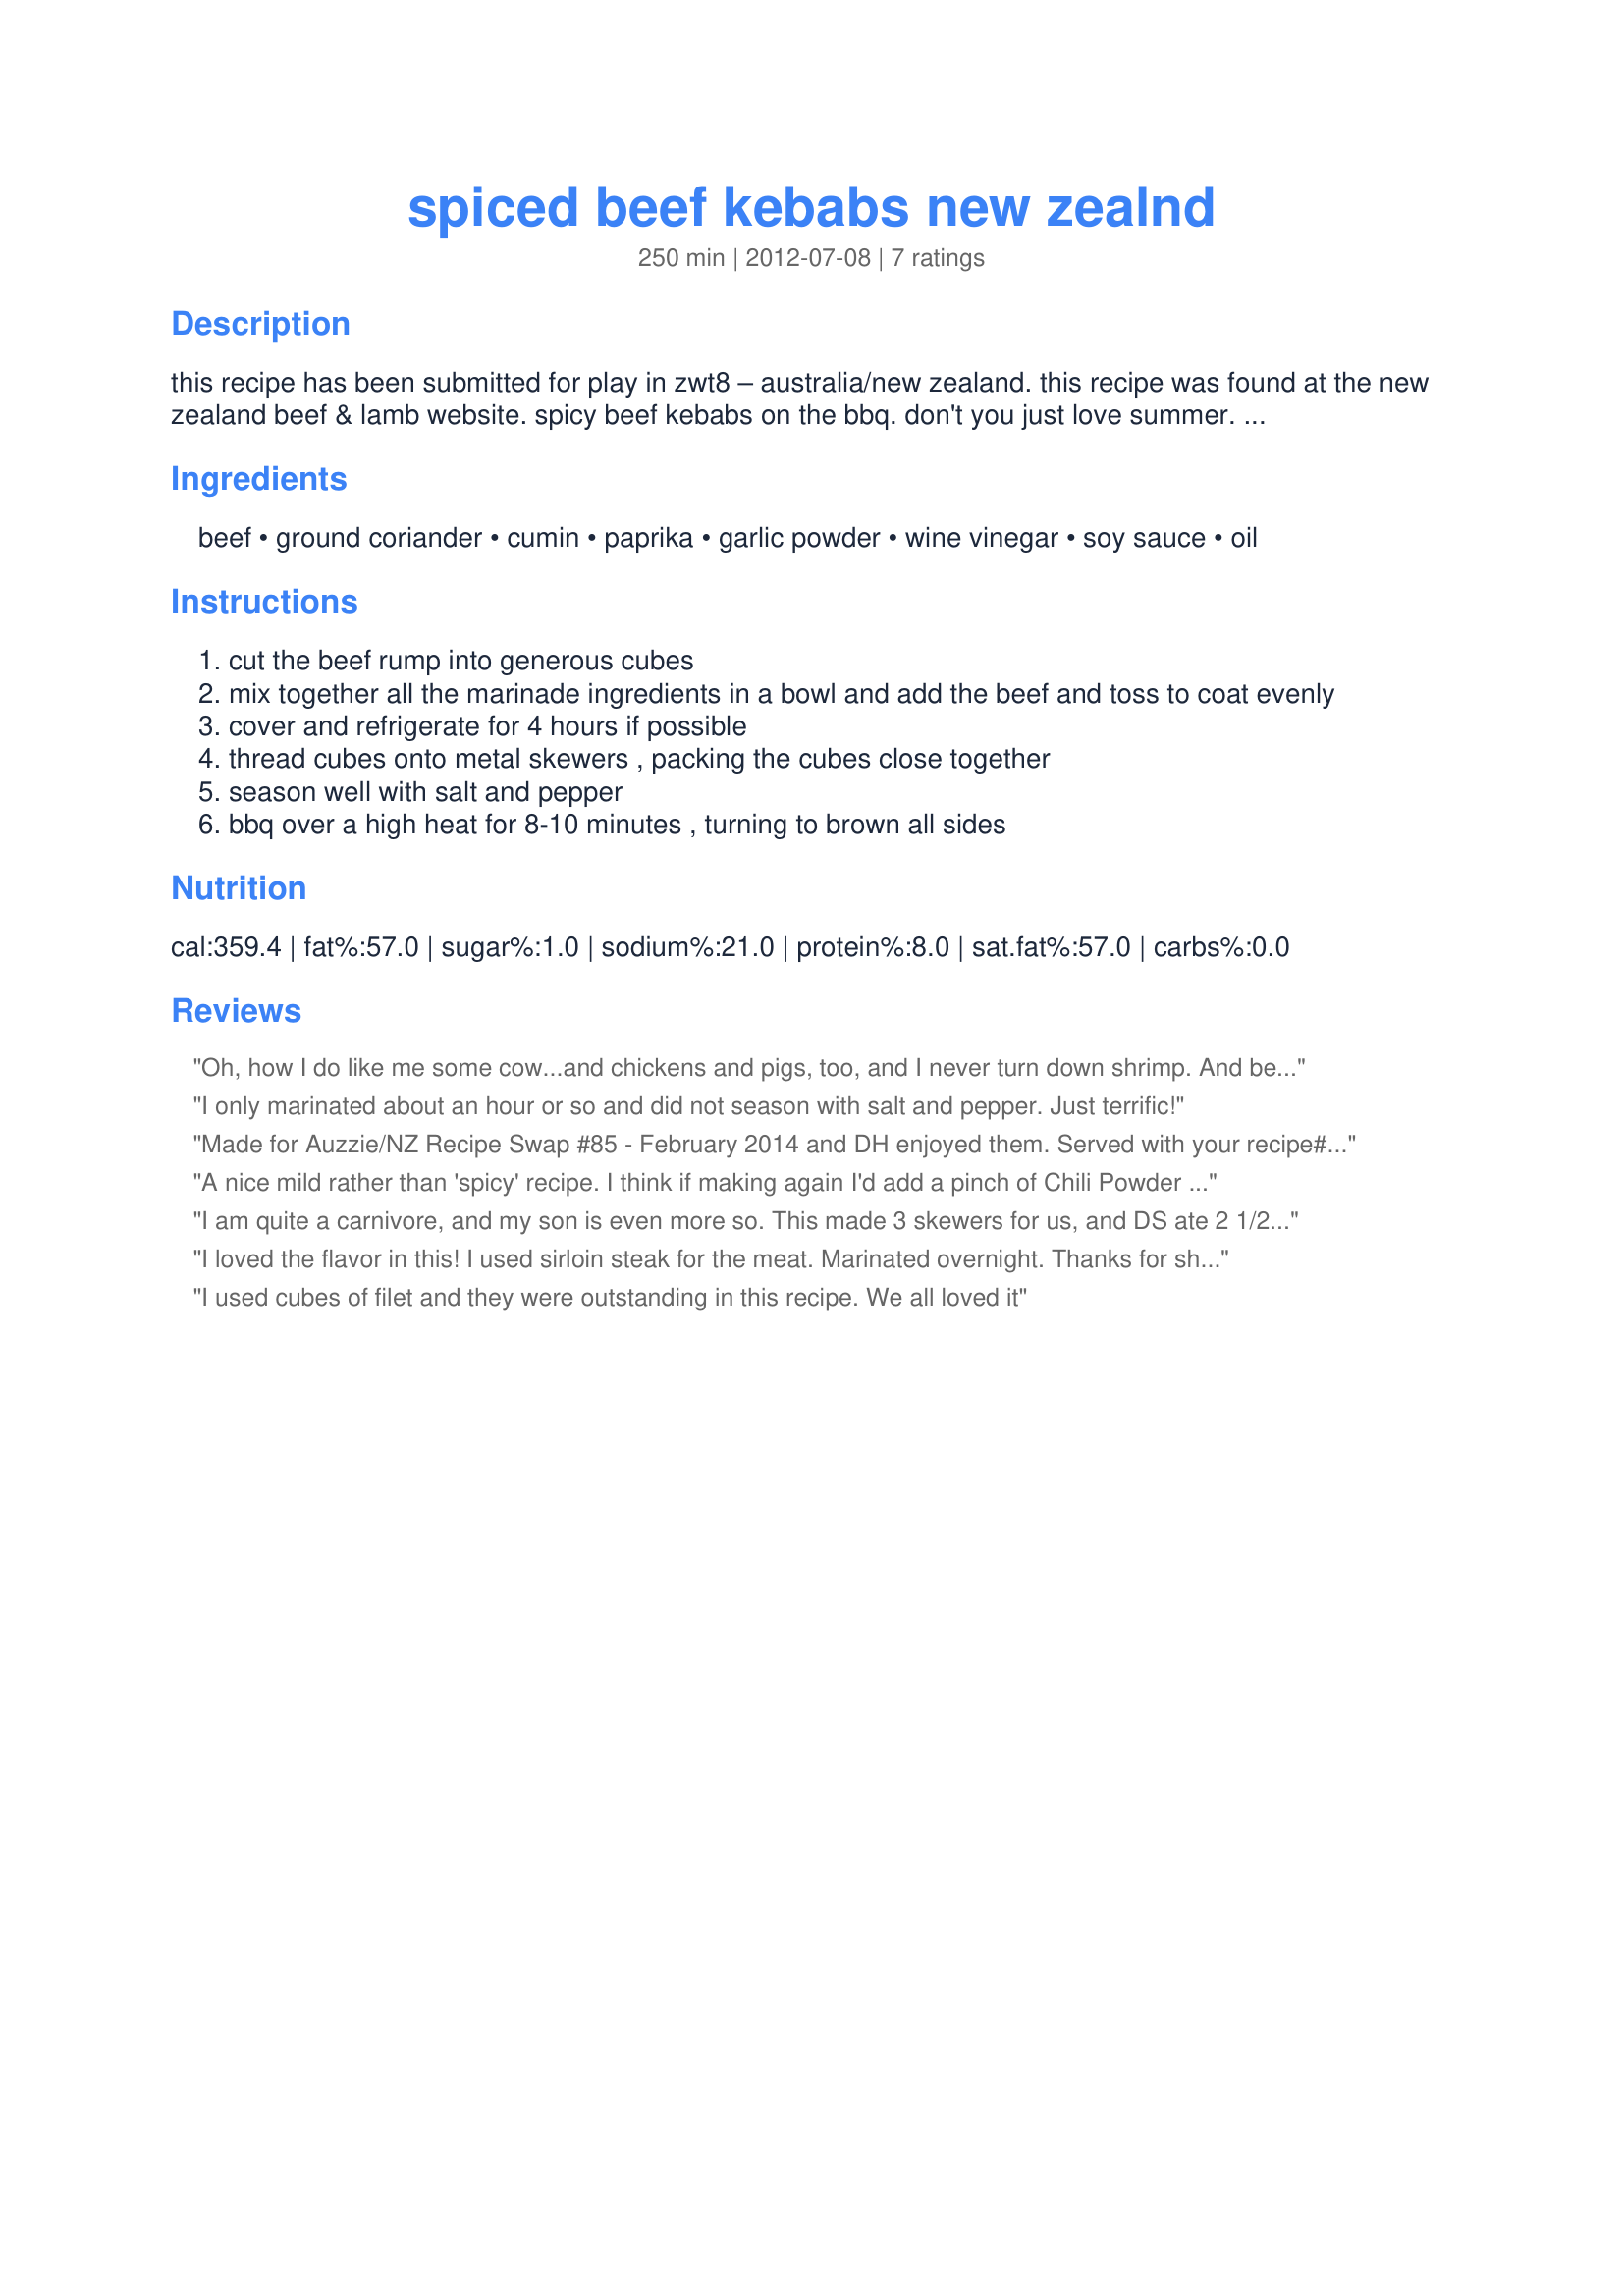
spiced beef kebabs new zealnd
Preparation time: 250 minutes

this recipe has been submitted for play in zwt8 – australia/new zealand. this recipe was found at the new zealand beef & lamb website.

spicy beef kebabs on the bbq. don't you just love summer.

serve with a nice array of bbq vegetables for a tasty, quick meal.

these may be grilled in the oven for the same amount of time, turning regularly and brush with any remaining marinade during cooking.

Ingredients:
beef, ground coriander, cumin, paprika, garlic powder, wine vinegar, soy sauce, oil

Steps:
cut the beef rump into generous cubes
mix together all the marinade ingredients in a bowl and add the beef and toss to coat evenly
cover and refrigerate for 4 hours if possible
thread cubes onto metal skewers , packing the cubes close together
season well with salt and pepper
bbq over a high heat for 8-10 minutes , turning to brown all sides

Reviews:
Oh, how I do like me some cow...and chickens and pigs, too, and I never turn down shrimp. And believe me, I never get those confused with, let's say, rutabagas or parsnips, though. Made for ZWT#8~AU/NZ.
I only marinated about an hour or so and did not season with salt and pepper. Just terrific!
Made for Auzzie/NZ Recipe Swap #85 - February 2014 and DH enjoyed them. Served with your recipe#116367#116367 and a green salad. Thank you for posting.
A nice mild rather than 'spicy' recipe. I think if making again I'd add a pinch of Chili Powder and maybe use Smoked Paprika over the plain, which would help it live up to its name. Made for our first BBQ of the 2012 / 2013 summer season, though it was still a bit nippy outside. Cooked and reviewed for Aussie / Kiwi Swap Oct 2012
I am quite a carnivore, and my son is even more so. This made 3 skewers for us, and DS ate 2 1/2 . He loved it. Thanks for sharing. Made for ZWT.
I loved the flavor in this! I used sirloin steak for the meat. Marinated overnight. Thanks for sharing-
I used cubes of filet and they were outstanding in this recipe. We all loved it
